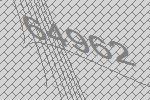
64962